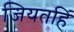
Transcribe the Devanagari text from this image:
जियतहिं